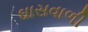
ઘાસવાળી